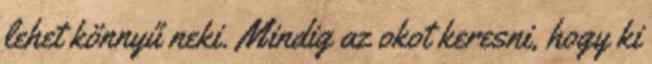
lehet könnyű neki. Mindig az okot keresni, hogy ki